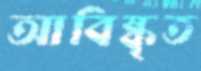
আবিষ্কৃত